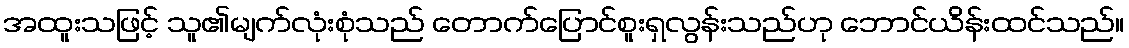
အထူးသဖြင့် သူ၏မျက်လုံးစုံသည် တောက်ပြောင်စူးရှလွန်းသည်ဟု ဘောင်ယိန်းထင်သည်။